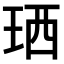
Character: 𤥒